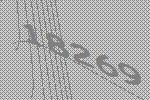
18269